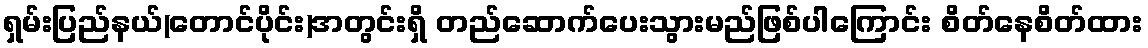
ရှမ်းပြည်နယ်(တောင်ပိုင်း)အတွင်းရှိ တည်ဆောက်ပေးသွားမည်ဖြစ်ပါကြောင်း စိတ်နေစိတ်ထား